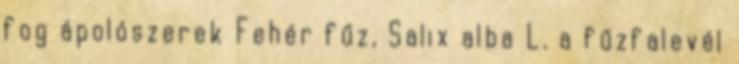
fog ápolószerek Fehér fűz, Salix alba L. a fűzfalevél